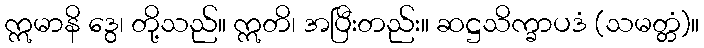
ဣမာနိ ဒွေ၊ တို့သည်။ ဣတိ၊ အပြီးတည်း။ ဆဋ္ဌသိက္ခာပဒံ (သမတ္တံ)။